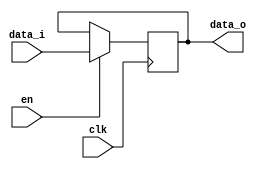
module reg_en #(
    parameter DW = 1, 
    parameter REG_NAME = "reg_rs"
) (
    input clk,
    input en,
    input [DW-1:0] data_i,
    output reg [DW-1:0] data_o
);
    always @(posedge clk) begin
        if(en == 1'b1)
            data_o <= data_i;
    end
`ifdef PLATFORM_SIM
    xchecker_reg #(
        .DW             (1),
        .SIGNAL_NAME    ({"en of ", REG_NAME})
    )xchecker_en(
        .clk        (clk),
        .data_i      (en)
    );
`endif
endmodule